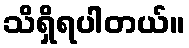
သိရှိရပါတယ်။